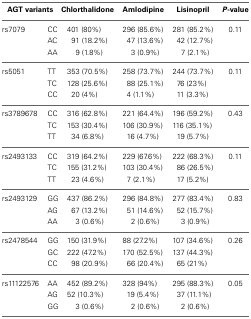
<table><thead><tr><td colspan="2"><b>AGT variants</b></td><td><b>Chlorthalidone</b></td><td><b>Amlodipine</b></td><td><b>Lisinopril</b></td><td><b><i>P</i>-value</b></td></tr></thead><tbody><tr><td>rs7079</td><td>CC</td><td>401 (80%)</td><td>296 (85.6%)</td><td>281 (85.2%)</td><td>0.11</td></tr><tr><td></td><td>AC</td><td>91 (18.2%)</td><td>47 (13.6%)</td><td>42 (12.7%)</td><td></td></tr><tr><td></td><td>AA</td><td>9 (1.8%)</td><td>3 (0.9%)</td><td>7 (2.1%)</td><td></td></tr><tr><td>rs5051</td><td>TT</td><td>353 (70.5%)</td><td>258 (73.7%)</td><td>244 (73.7%)</td><td>0.11</td></tr><tr><td></td><td>TC</td><td>128 (25.6%)</td><td>88 (25.1%)</td><td>76 (23%)</td><td></td></tr><tr><td></td><td>CC</td><td>20 (4%)</td><td>4 (1.1%)</td><td>11 (3.3%)</td><td></td></tr><tr><td>rs3789678</td><td>CC</td><td>316 (62.8%)</td><td>221 (64.4%)</td><td>196 (59.2%)</td><td>0.43</td></tr><tr><td></td><td>TC</td><td>153 (30.4%)</td><td>106 (30.9%)</td><td>116 (35.1%)</td><td></td></tr><tr><td></td><td>TT</td><td>34 (6.8%)</td><td>16 (4.7%)</td><td>19 (5.7%)</td><td></td></tr><tr><td>rs2493133</td><td>CC</td><td>319 (64.2%)</td><td>229 (67.6%)</td><td>222 (68.3%)</td><td>0.11</td></tr><tr><td></td><td>TC</td><td>155 (31.2%)</td><td>103 (30.4%)</td><td>86 (26.5%)</td><td></td></tr><tr><td></td><td>TT</td><td>23 (4.6%)</td><td>7 (2.1%)</td><td>17 (5.2%)</td><td></td></tr><tr><td>rs2493129</td><td>GG</td><td>437 (86.2%)</td><td>296 (84.8%)</td><td>277 (83.4%)</td><td>0.83</td></tr><tr><td></td><td>AG</td><td>67 (13.2%)</td><td>51 (14.6%)</td><td>52 (15.7%)</td><td></td></tr><tr><td></td><td>AA</td><td>3 (0.6%)</td><td>2 (0.6%)</td><td>3 (0.9%)</td><td></td></tr><tr><td>rs2478544</td><td>GG</td><td>150 (31.9%)</td><td>88 (27.2%)</td><td>107 (34.6%)</td><td>0.26</td></tr><tr><td></td><td>GC</td><td>222 (47.2%)</td><td>170 (52.5%)</td><td>137 (44.3%)</td><td></td></tr><tr><td></td><td>CC</td><td>98 (20.9%)</td><td>66 (20.4%)</td><td>65 (21%)</td><td></td></tr><tr><td>rs11122576</td><td>AA</td><td>452 (89.2%)</td><td>328 (94%)</td><td>295 (88.3%)</td><td>0.05</td></tr><tr><td></td><td>AG</td><td>52 (10.3%)</td><td>19 (5.4%)</td><td>37 (11.1%)</td><td></td></tr><tr><td></td><td>GG</td><td>3 (0.6%)</td><td>2 (0.6%)</td><td>2 (0.6%)</td><td></td></tr></tbody></table>